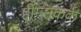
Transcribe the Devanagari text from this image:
हीम्सकर्क